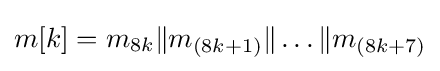
m[k]=m_{8k}\|m_{(8k+1)}\|\ldots \|m_{(8k+7)}